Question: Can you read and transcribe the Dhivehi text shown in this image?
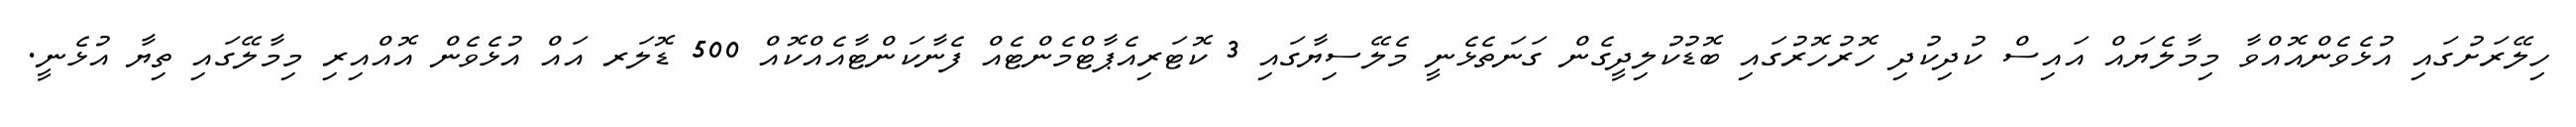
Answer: ހިލޭރަށުގައި އުޅެވެންއޮއްވާ މިމާލެޔައް އައިސް ކުދިކުދި ހޮރުހޮރުގައި ބޮޑުކުލިދީގެން ގަނަތެޅެނީ މެލޭސިޔާގައި 3 ކޮޓަރިއެޕާޓްމެންޓެއް ފެނާކަންޓާއެއްކޮއް 500 ޑޮލަރ އައް އުޅެވެން އޮއްއިރި މިމާލޭގައި ތިޔާ އުޅެނީ.